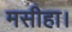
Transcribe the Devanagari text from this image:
मसीहा।